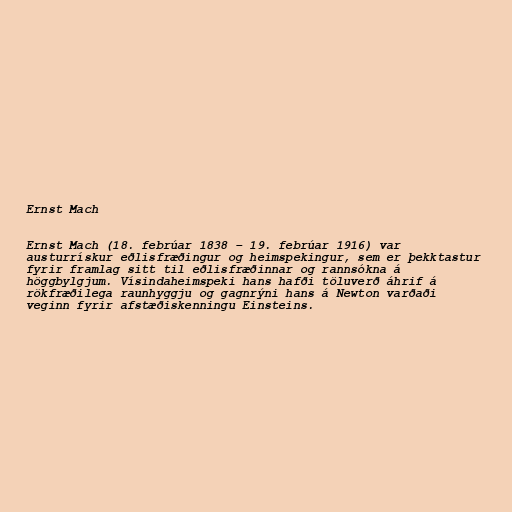
Ernst Mach

Ernst Mach (18. febrúar 1838 – 19. febrúar 1916) var
austurrískur eðlisfræðingur og heimspekingur, sem er þekktastur
fyrir framlag sitt til eðlisfræðinnar og rannsókna á
höggbylgjum. Vísindaheimspeki hans hafði töluverð áhrif á
rökfræðilega raunhyggju og gagnrýni hans á Newton varðaði
veginn fyrir afstæðiskenningu Einsteins.